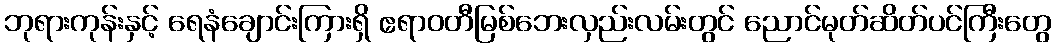
ဘုရားကုန်းနှင့် ရေနံချောင်းကြားရှိ ဧရာဝတီမြစ်ဘေးလှည်းလမ်းတွင် ညောင်မုတ်ဆိတ်ပင်ကြီးတွေ